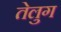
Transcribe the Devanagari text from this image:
तेलुग